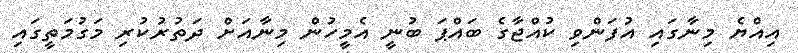
އިއްޔެ މިނާގައި އުފަންވި ކުއްޖާގެ ބައްޕަ ބުނީ އެމީހުން މިނާއަށް ދަތުރުކުރި މަގުމަތީގައި